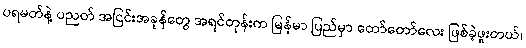
ပရမတ်နဲ့ ပညတ် အငြင်းအခုန်တွေ အရင်တုန်းက မြန်မာ ပြည်မှာ တော်တော်လေး ဖြစ်ခဲ့ဖူးတယ်၊